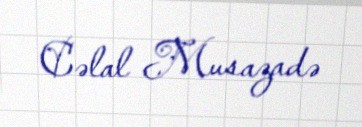
Cəlal Musazadə